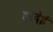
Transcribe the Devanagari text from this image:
हरदेई